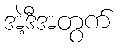
အဲ့ဒီအတွက်